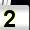
Digit: 2